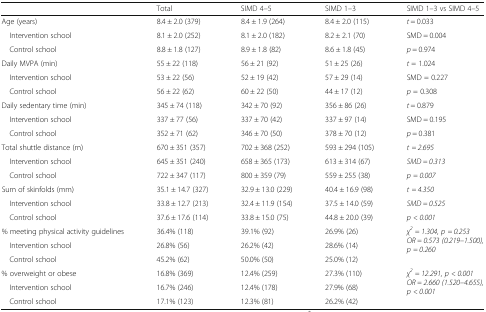
<table><thead><tr><td></td><td><b>Total</b></td><td><b>SIMD 4–5</b></td><td><b>SIMD 1–3</b></td><td><b>SIMD 1–3 vs SIMD 4–5</b></td></tr></thead><tbody><tr><td>Age (years)</td><td>8.4 ± 2.0 (379)</td><td>8.4 ± 1.9 (264)</td><td>8.4 ± 2.0 (115)</td><td><i>t</i> = 0.033</td></tr><tr><td> Intervention school</td><td>8.1 ± 2.0 (252)</td><td>8.1 ± 2.0 (182)</td><td>8.2 ± 2.1 (70)</td><td>SMD = 0.004</td></tr><tr><td> Control school</td><td>8.8 ± 1.8 (127)</td><td>8.9 ± 1.8 (82)</td><td>8.6 ± 1.8 (45)</td><td><i>p</i> = 0.974</td></tr><tr><td>Daily MVPA (min)</td><td>55 ± 22 (118)</td><td>56 ± 21 (92)</td><td>51 ± 25 (26)</td><td><i>t</i> = 1.024</td></tr><tr><td> Intervention school</td><td>53 ± 22 (56)</td><td>52 ± 19 (42)</td><td>57 ± 29 (14)</td><td>SMD = 0.227</td></tr><tr><td> Control school</td><td>56 ± 22 (62)</td><td>60 ± 22 (50)</td><td>44 ± 17 (12)</td><td><i>p</i> = 0.308</td></tr><tr><td>Daily sedentary time (min)</td><td>345 ± 74 (118)</td><td>342 ± 70 (92)</td><td>356 ± 86 (26)</td><td><i>t</i> = 0.879</td></tr><tr><td> Intervention school</td><td>337 ± 77 (56)</td><td>337 ± 70 (42)</td><td>337 ± 97 (14)</td><td>SMD = 0.195</td></tr><tr><td> Control school</td><td>352 ± 71 (62)</td><td>346 ± 70 (50)</td><td>378 ± 70 (12)</td><td><i>p</i> = 0.381</td></tr><tr><td>Total shuttle distance (m)</td><td>670 ± 351 (357)</td><td>702 ± 368 (252)</td><td>593 ± 294 (105)</td><td><i>t</i> <i>= 2.695</i></td></tr><tr><td> Intervention school</td><td>645 ± 351 (240)</td><td>658 ± 365 (173)</td><td>613 ± 314 (67)</td><td><i>SMD = 0.313</i></td></tr><tr><td> Control school</td><td>722 ± 347 (117)</td><td>800 ± 359 (79)</td><td>559 ± 255 (38)</td><td><i>p</i> <i>= 0.007</i></td></tr><tr><td>Sum of skinfolds (mm)</td><td>35.1 ± 14.7 (327)</td><td>32.9 ± 13.0 (229)</td><td>40.4 ± 16.9 (98)</td><td><i>t</i> <i>= 4.350</i></td></tr><tr><td> Intervention school</td><td>33.8 ± 12.7 (213)</td><td>32.4 ± 11.9 (154)</td><td>37.5 ± 14.0 (59)</td><td><i>SMD = 0.525</i></td></tr><tr><td> Control school</td><td>37.6 ± 17.6 (114)</td><td>33.8 ± 15.0 (75)</td><td>44.8 ± 20.0 (39)</td><td><i>p</i> <i>&lt; 0.001</i></td></tr><tr><td>% meeting physical activity guidelines</td><td>36.4% (118)</td><td>39.1% (92)</td><td>26.9% (26)</td><td rowspan="3"><i>χ</i><sup><i>2</i></sup> <i>= 1.304,</i><i>p</i> <i>= 0.253</i><i>OR = 0.573 (0.219–1.500),</i><i>p</i> <i>= 0.260</i></td></tr><tr><td> Intervention school</td><td>26.8% (56)</td><td>26.2% (42)</td><td>28.6% (14)</td></tr><tr><td> Control school</td><td>45.2% (62)</td><td>50.0% (50)</td><td>25.0% (12)</td></tr><tr><td>% overweight or obese</td><td>16.8% (369)</td><td>12.4% (259)</td><td>27.3% (110)</td><td rowspan="3"><i>χ</i><sup><i>2</i></sup> <i>= 12.291,</i><i>p</i> <i>&lt; 0.001</i><i>OR = 2.660 (1.520–4.655),</i><i>p</i> <i>&lt; 0.001</i></td></tr><tr><td> Intervention school</td><td>16.7% (246)</td><td>12.4% (178)</td><td>27.9% (68)</td></tr><tr><td> Control school</td><td>17.1% (123)</td><td>12.3% (81)</td><td>26.2% (42)</td></tr></tbody></table>